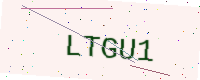
Text: LTGU1